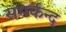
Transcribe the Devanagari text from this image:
समर्कन्द